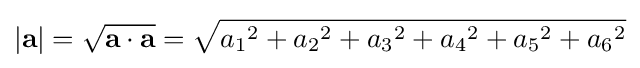
\left|\mathbf {a} \right\vert ={\sqrt {\mathbf {a} \cdot \mathbf {a} }}={\sqrt {{a_{1}}^{2}+{a_{2}}^{2}+{a_{3}}^{2}+{a_{4}}^{2}+{a_{5}}^{2}+{a_{6}}^{2}}}